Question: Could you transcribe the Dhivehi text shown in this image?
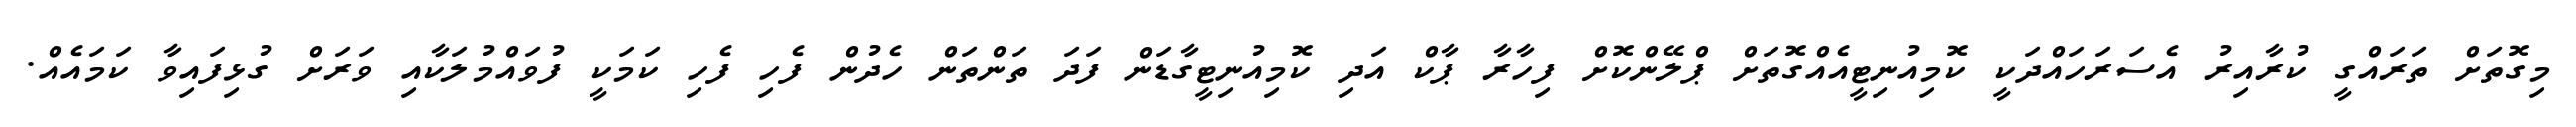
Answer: މިގޮތަށް ތަރައްގީ ކުރާއިރު އެސަރަހައްދަކީ ކޮމިއުނިޓީއެއްގޮތަށް ޕްލޭންކޮށް ފިހާރާ ޕާކް އަދި ކޮމިއުނިޓީގާޑަން ފަދަ ތަންތަން ހެދުން ފެހި ފެހި ކަމަކީ ފުވައްމުލަކާއި ވަރަށް ގުޅިފައިވާ ކަމައެއް.